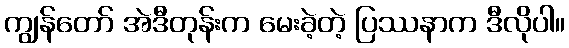
ကျွန်တော် အဲဒီတုန်းက မေးခဲ့တဲ့ ပြဿနာက ဒီလိုပါ။